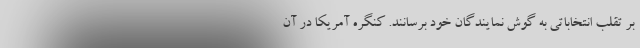
بر تقلب انتخاباتی به گوش نمایندگان خود برسانند. کنگره آمریکا در آن